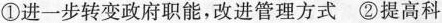
①进一步转变政府职能，改进管理方式②提高科